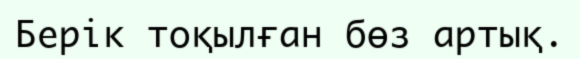
Берік тоқылған бөз артық.